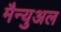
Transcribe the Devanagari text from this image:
मैन्‍युअल